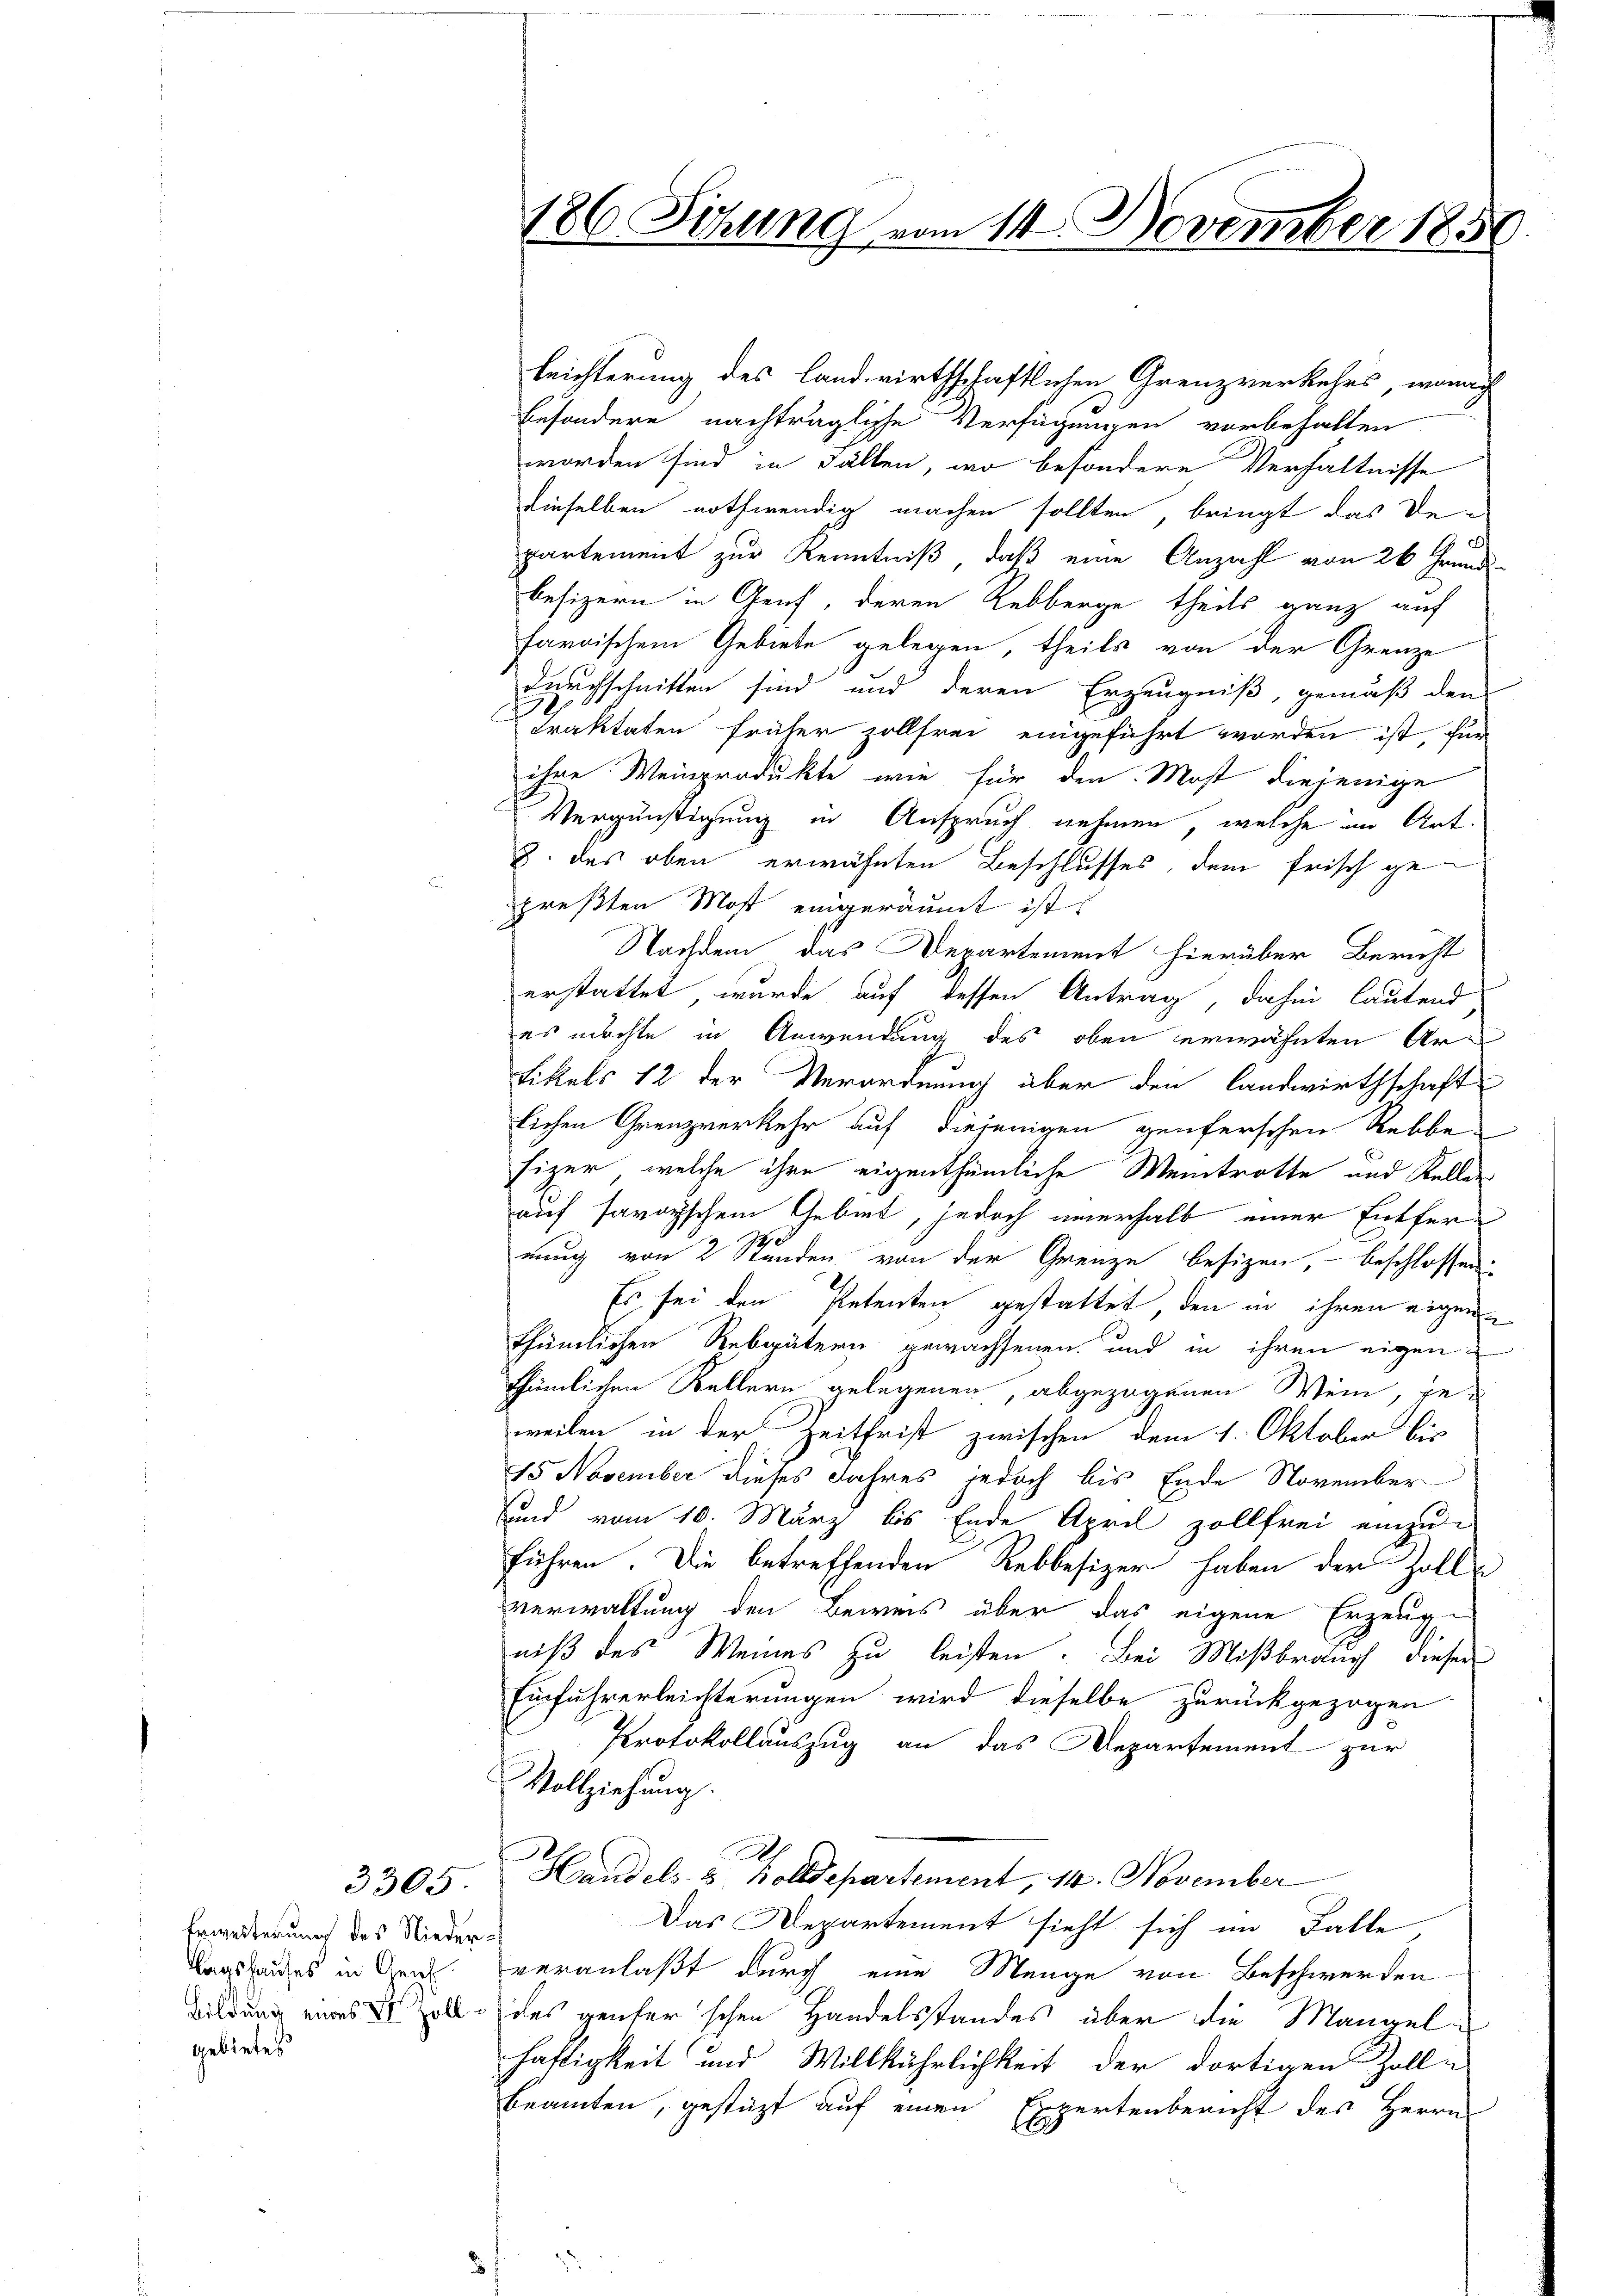
Erweiterung des Niederagshauses in Gen
gebietes

3305.

leichterung des landwirthschaftlichen Grenzverkehrs, wonach
besondere nachträgliche Verfügungen vorbehalten
worden sind in Fällen, wo besondere Verhältnisse
dieselben nothwendig machen sollten, bringt das De-
partement zur Kenntniß, daß eine Anzahl von 26 Grund
besizern in Genf, deren Rebberge theils ganz auf
faroischem Gebiete gelegen, theils von der Grenze
durchschnitten sind und deren Erzeugniß, gemäß den
187
Traktaten früher zollfrei eingeführt worden ist, für
ihre Weinprodukte wie für den Most diejenige
Vergünstigung in Anspruch nehmen, welche im Art.
2. des oben erwähnten Beschlusses, dem frisch ge
preßten Most eingeräumt ist.
Nachdem das Departement hierüber Bericht
erstattet wurde auf dessen Antrag, dahin lautend
es möchte in Anwendung des oben erwähnten Ar¬
Tikels 12 der Verordnung über den Landwirthschaft
lichen Grenzverkehr auf diejenigen genferschen Rebbefizer, welche ihre eigenthümliche Weintratte und Kellen
auf savoyischen Gebiet, jedoch unerhalb einer Entfernung von 2 Stunden von der Grenze besizen, – beschlossen.
Es sei den Petenten gestattet, den in ihren eigenthümlichen Rebspätern gewachsenen und in ihren eigen
thümlichen Kellern gelegenen, abgezogenen Wein, ge-
weilen in der Zeitfrist zwischen dem 1. Oktober bis
15 November dieses Jahres jedoch bis Ende November
und vom 10. März bis Ende April zollfrei einzuführen. Die betreffenden Rebbesizer haben der Zolle
verwaltung den Beweis über das eigene Erzeug-
.
niß des Weines zu leisten. Bei Mißbrauch dieser
Einfuhrerleichterungen wird dieselbe zurückgezogen
Protokollauszug an das Departement zur
Vollziehung.
Handels- u. Bolldepartement, 14. November
Das Departement sieht sich im Falle,
veranlaßt durch eine Menge von Beschwerden
Bildung eines soll des geiferschen Handelsstandes über die Mangelhaftigkeit und Willkührlichkeit der dortigen Zoll-
Beamten, gestützt auf einen Expertenbericht des Herrn

186 Sitzung vom 14. November 1850